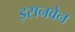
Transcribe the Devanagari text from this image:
इसनवेन